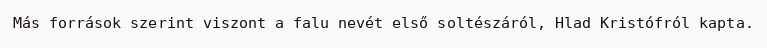
Más források szerint viszont a falu nevét első soltészáról, Hlad Kristófról kapta.